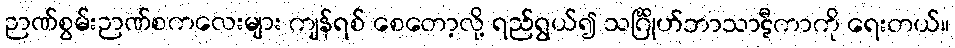
ဉာဏ်စွမ်းဉာဏ်စကလေးများ ကျန်ရစ် စေတော့လို့ ရည်ရွယ်၍ သင်္ဂြိုဟ်ဘာသာဋီကာကို ရေးတယ်။